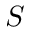
\boldsymbol { S }